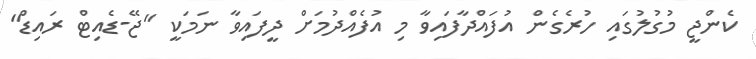
ކެންޖީ މުގުލުގައި ހުރެގެން އުފައްދާފައިވާ މި އުފެއްދުމަށް ދީފައިވާ ނަމަކީ "ޖޭ-ޑެއިޓް ރައިޑް"